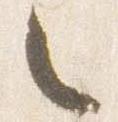
之